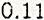
0.11